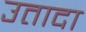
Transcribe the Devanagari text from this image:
उतादा